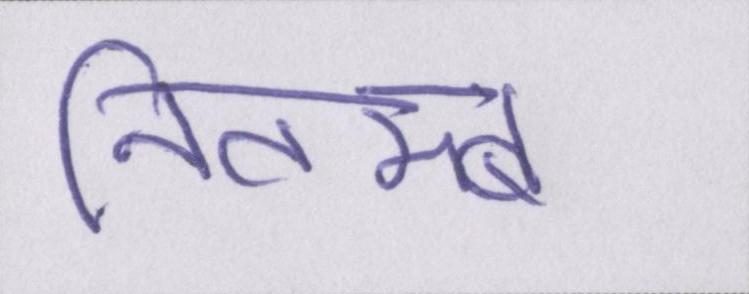
नितम्ब